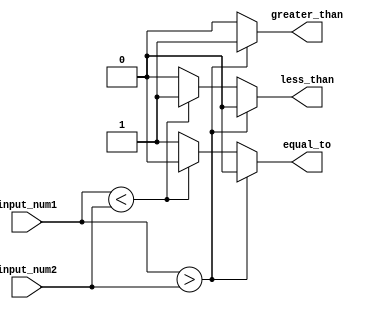
module Magnitude_Comparator(
    input [7:0] input_num1,
    input [7:0] input_num2,
    output greater_than,
    output less_than,
    output equal_to
);

reg greater_than, less_than, equal_to;

always @(*) begin
    if(input_num1 > input_num2) begin
        greater_than = 1;
        less_than = 0;
        equal_to = 0;
    end
    else if(input_num1 < input_num2) begin
        greater_than = 0;
        less_than = 1;
        equal_to = 0;
    end
    else begin
        greater_than = 0;
        less_than = 0;
        equal_to = 1;
    end
end

endmodule